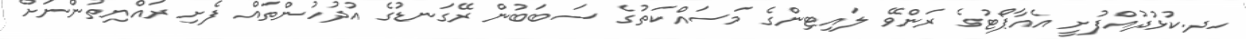
ހދ.ކުޅުދުއްފުށީ އެއާޕޯޓުގެ ރަންވޭ ލައިޓިންގެ މަސައްކަތުގެ ސަބަބުން ރޭގަނޑުގެ އުދުހުންތައް ފެށި ރައްޔިތުންނަށް